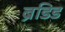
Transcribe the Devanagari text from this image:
ब्रैंडिड